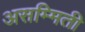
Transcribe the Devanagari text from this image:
असम्मिती